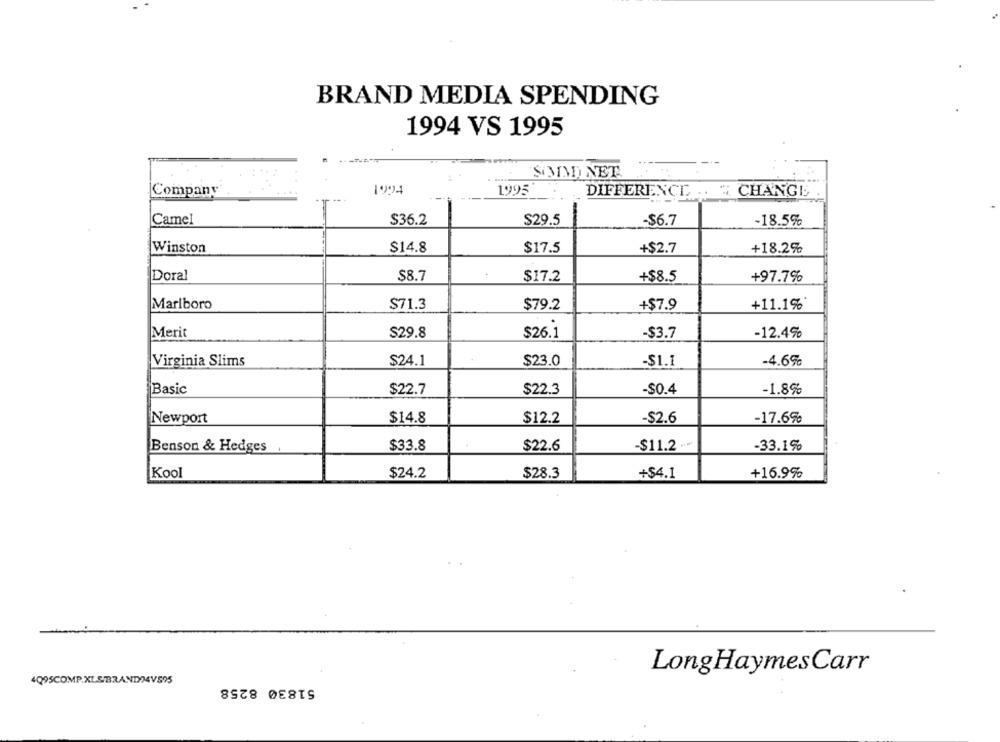
BRAND MEDIA SPENDING
1994 VS 1995
SIMAD NET
Company
1994
1995
DIFFERENCE .. " CHANGE
Camel
$36.2
$29.5
-
-$6.7
-18.5%
Winston
$14.8
$17.5
+$2.7
+18.2%
Doral
$8.7
$17.2
+$8.5
+97.7%
$71.3
+11.1%
Marlboro
$79.2
+$7.9
Merit
$29.8
-12.4%
$26.1
-$3.7
Virginia Slims
$24.1
$23.0
-$1.1
-4.6%
Basic
$22.7
$22.3
-$0.4
-1.8%
Newport
$14.8
$12.2
-$2.6
-17.6%%
$33.8
Benson & Hedges
$22.6
-$11.2
-33.1%
Kool
$24.2
$28.3
+$4.1
+16.9%
LongHaymesCarr
4Q95COMP.XLS/BRANDO4VS95
51830 8258